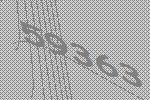
59363